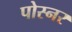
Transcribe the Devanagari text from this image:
पोस्‍नर